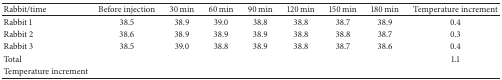
<table><thead><tr><td><b>Rabbit/time</b></td><td><b>Before injection</b></td><td><b>30 min</b></td><td><b>60 min</b></td><td><b>90 min</b></td><td><b>120 min</b></td><td><b>150 min</b></td><td><b>180 min</b></td><td><b>Temperature increment</b></td></tr></thead><tbody><tr><td>Rabbit 1</td><td>38.5</td><td>38.9</td><td>39.0</td><td>38.8</td><td>38.8</td><td>38.7</td><td>38.9</td><td>0.4</td></tr><tr><td>Rabbit 2</td><td>38.6</td><td>38.9</td><td>38.9</td><td>38.9</td><td>38.8</td><td>38.8</td><td>38.7</td><td>0.3</td></tr><tr><td>Rabbit 3</td><td>38.5</td><td>39.0</td><td>38.8</td><td>38.9</td><td>38.8</td><td>38.7</td><td>38.6</td><td>0.4</td></tr><tr><td>Total</td><td> </td><td> </td><td> </td><td> </td><td> </td><td> </td><td> </td><td>1.1</td></tr><tr><td>Temperature increment</td><td> </td><td> </td><td> </td><td> </td><td> </td><td> </td><td> </td><td> </td></tr></tbody></table>